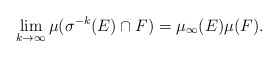
\begin{align*}\lim_{k\rightarrow\infty}\mu(\sigma^{-k}(E)\cap F)=\mu_\infty(E)\mu(F).\end{align*}